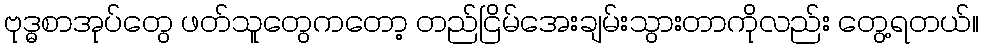
ဗုဒ္ဓစာအုပ်တွေ ဖတ်သူတွေကတော့ တည်ငြိမ်အေးချမ်းသွားတာကိုလည်း တွေ့ရတယ်။